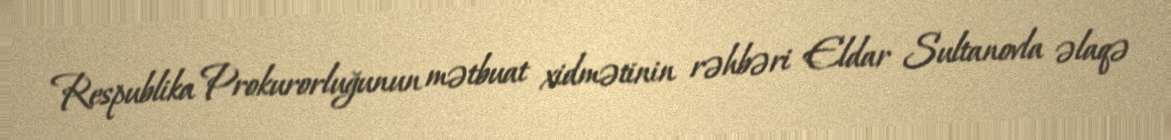
Respublika Prokurorluğunun mətbuat xidmətinin rəhbəri Eldar Sultanovla əlaqə